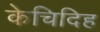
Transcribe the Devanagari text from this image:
केचिदिह